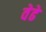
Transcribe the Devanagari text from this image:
वेढे